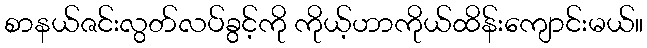
စာနယ်ဇင်းလွတ်လပ်ခွင့်ကို ကိုယ့်ဟာကိုယ်ထိန်းကျောင်းမယ်။